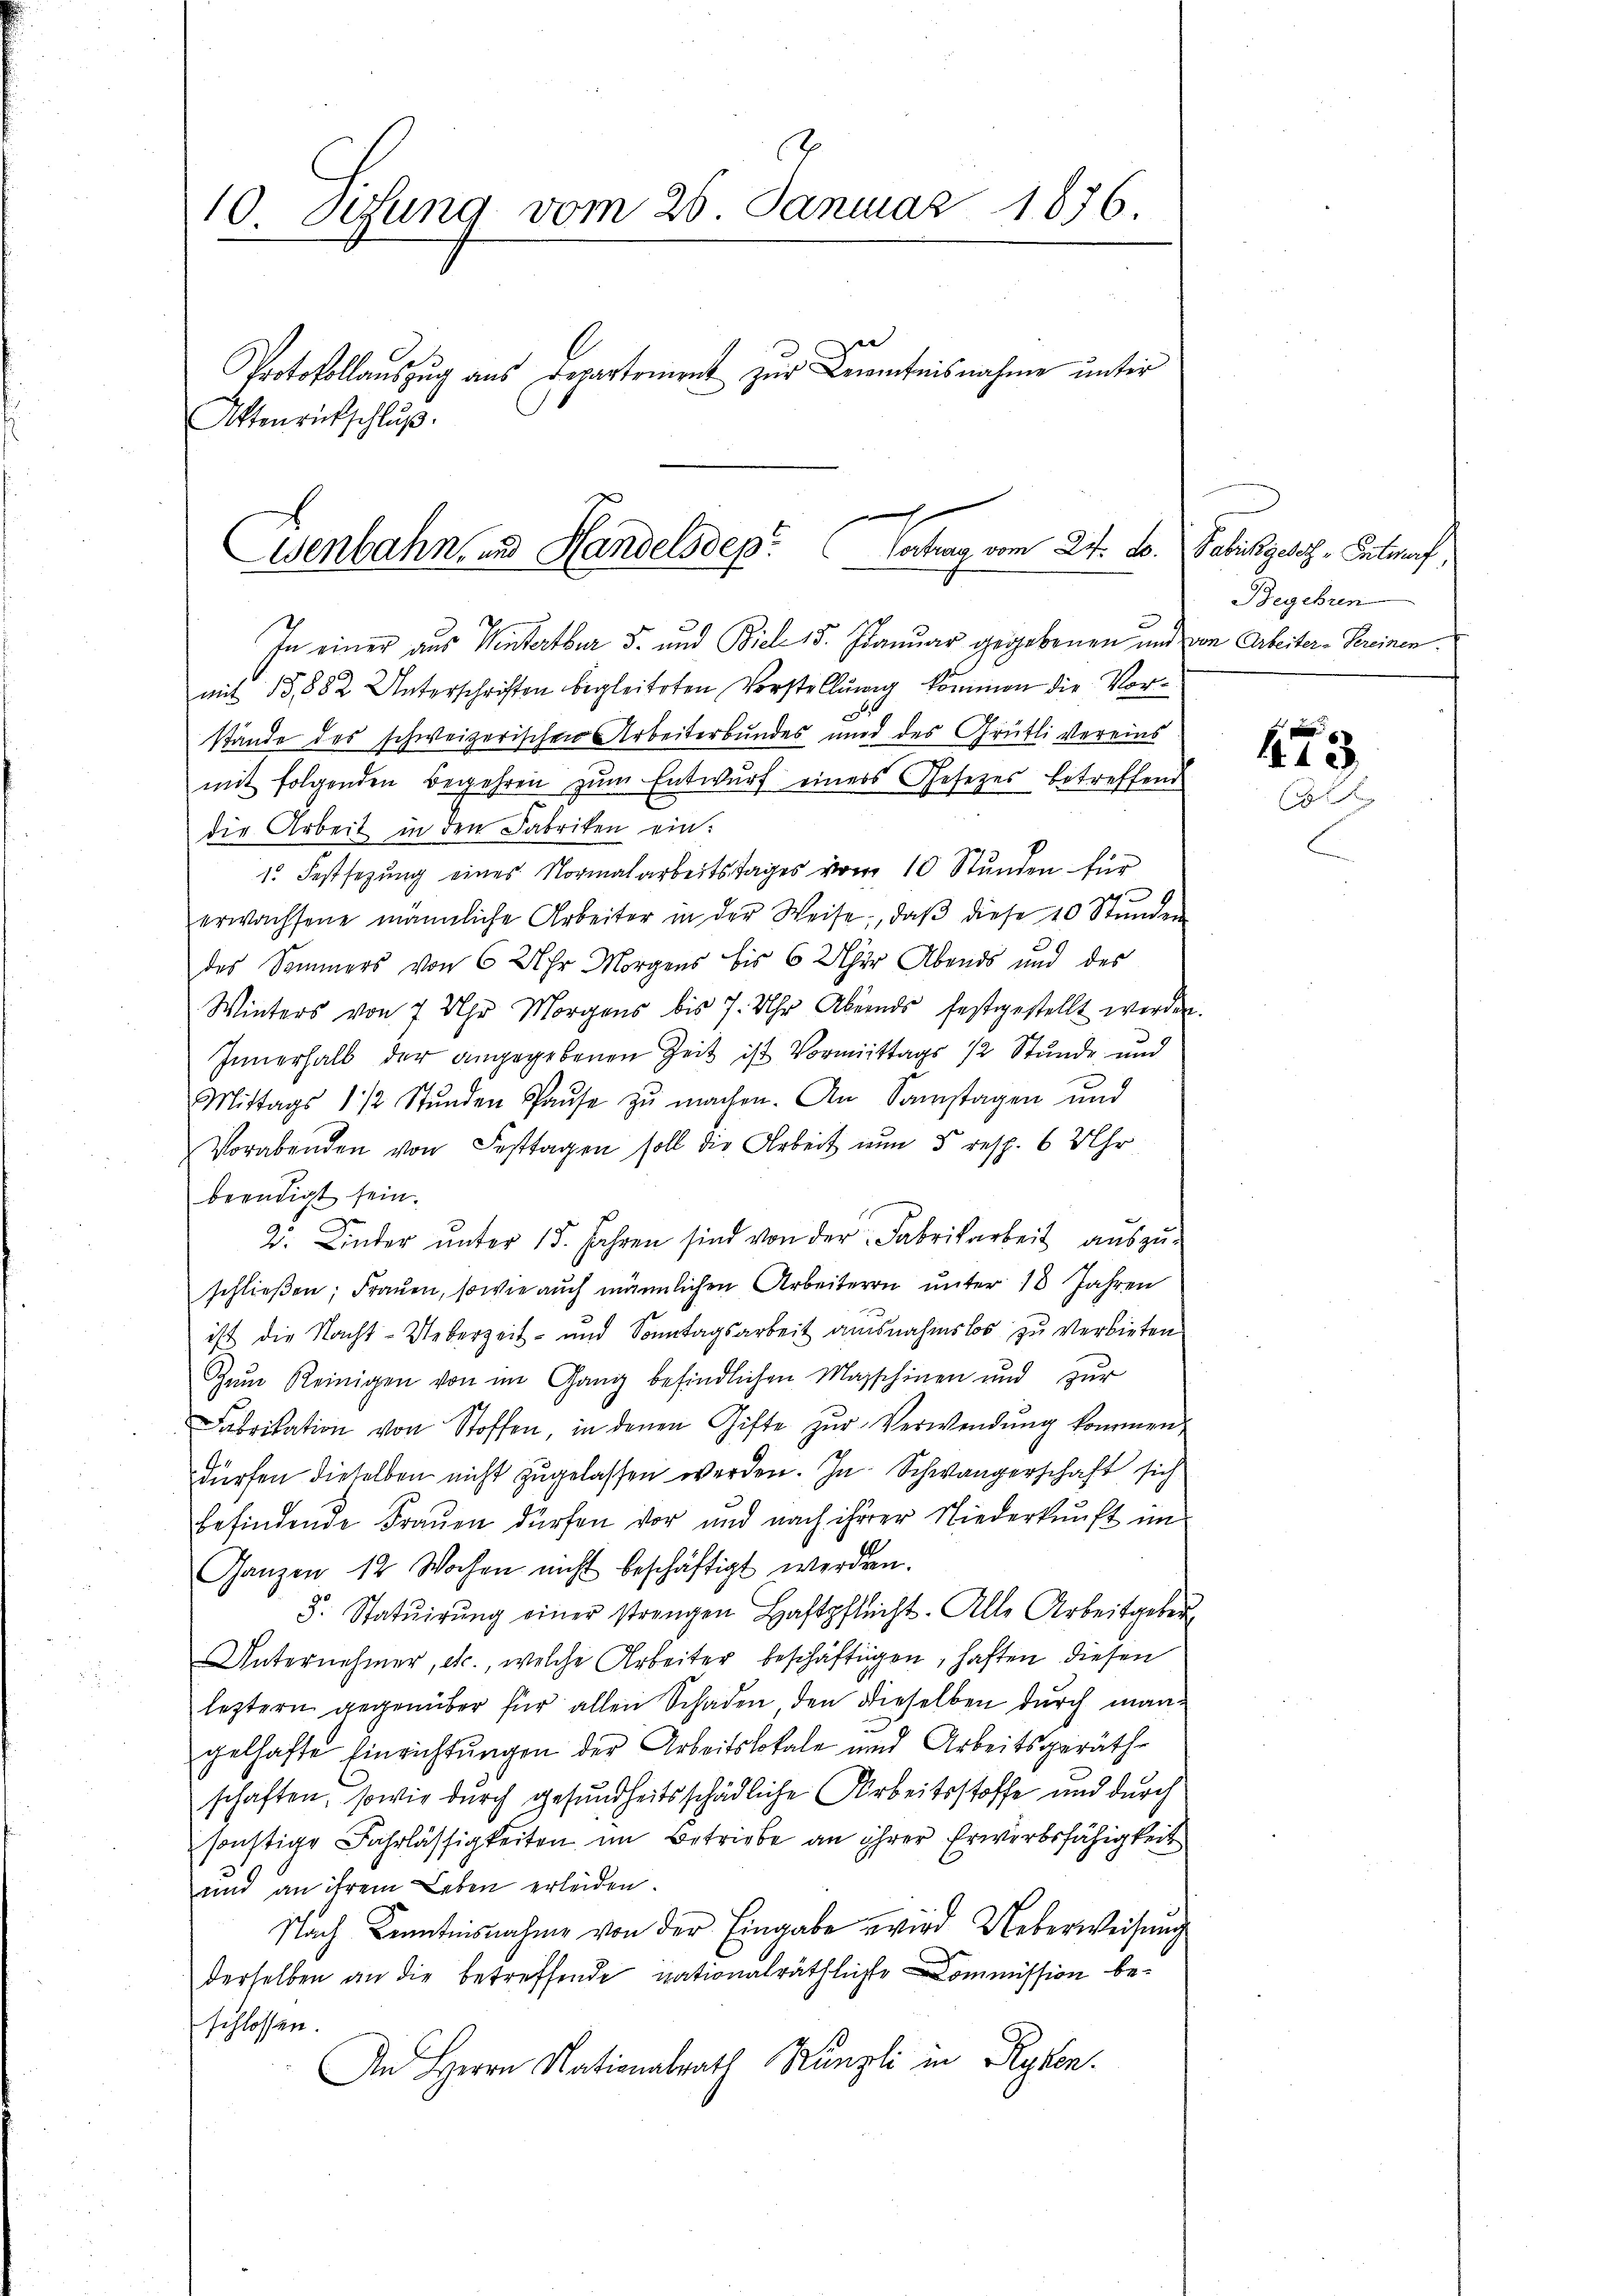
10. Setzung vom 26. Januar 1876.
Protokollauszug aus Departement zur Bewentnisnahme unter
Aktenrütschluß.

Esenbahn, und Handelsdep. Vortrag vom 24. d. Fabrikgesetz - Entwarf,

In einer aus Winterthur 5. und Biel 15. Januar gegebenen und von Arbeiter-Vereinen.
mit 15,882 Unterschriften begleiteten Vorstellung kommen die Vorstände des schweizerischen Arbeiterbundes und des Grütli vereins
mit folgenden Begehren zum Entwurf einers Gesetzes betreffend
die Arbeit in den Fabriken ein:
1. Festsezung eines Normalarbeitstages vom 10 Stunden für
erwachsene männliche Arbeiter in der Weise, daβ diese 10 Stŭnden
des Sommers von 6 Uhr Morgens bis 6 Uhr Abends und des
Winters von 7 Uhr Morgens bis 7. Uhr Abends festgestellt werden.
Innerhalb der angegebenen Zeit ist Vormittags 12 Stunde und
Mittags 1 1/2 Stŭnden Pause zŭ machen. An Samstagen und
Vorabenden von Festtagen soll die Arbeit nun 5 resp. 6 Uhr
beendigt sein.
2. Kinder unter 15. Jahren sind von der Fabrikarbeit auszuschließen; Frauen, sowie auch männlichen Arbeiteren unter 18 Jahren
ist die Nacht-Ueberzeit- und Sonntagsarbeit ausnahmslos zŭ verbieten
Gŭm Reinigen von im Gang befindlichen Marschinen und zŭr
Fabrikation von Stoffen, in denen Gifte zŭr Verwendŭng kommen,
dürfen dieselben nicht zugelassen werden. In Schwängerschaft sich
befindende Frauen dürfen vor und nach ihrer Niederkunft im
Ganzen 12 Wochen nicht beschäftigt werden.
5. Statŭirŭng einer strengen Haftpflicht. Alle Arbeitgeber-
Unternehmer, etc., welche Arbeiter beschäftigen, haften diesen
leztern gegenüber für allen Schaden den dieselben durch mangelhafte Einrichtungen der Arbeitslokale und Arbeitsgeräth
schaften, sowie durch gesundheitsschädliche Arbeitsstoffe und durch
sonstige Fahrlässigkeiten im Betriebe an ihrer Erwerbsfähigkeit
und an ihrem Leben erleiden.
Nach Kenntnisnahme von der Eingabe wird Ueberweisung
derselben an die betreffende nationalräthliche Commission beschlossen.
An Herrn Nationalrath Künzli in Rysen.

Begehren

473